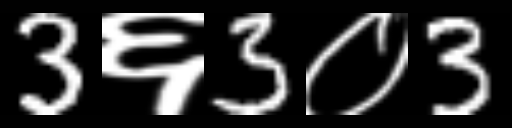
Text: 3६3०3